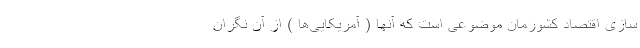
سازی اقتصاد کشورمان موضوعی است که آنها ( آمریکایی‌ها ) از آن نگران